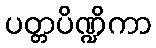
ပတ္တပိဏ္ဍိကာ